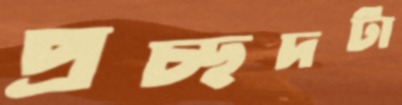
প্রচ্ছদটা